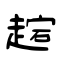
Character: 趤